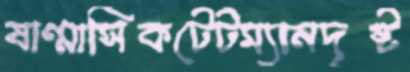
ষাণ্মাসিকটেটম্যানদৃষ্ট